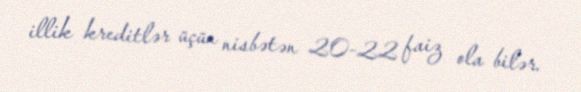
illik kreditlər üçün nisbətən 20-22 faiz ola bilər.